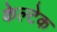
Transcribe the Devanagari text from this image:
केल्टेक